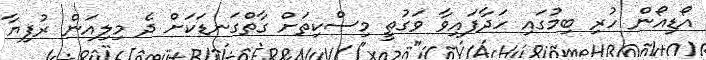
އޯޑިއޯން ހުރި ބިމުގައި ހަދާފައިވާ ވަގުތީ މިސްކިތަށް ގާތްގަނޑަކަށް ދެ މިލިއަން ރުފިޔާ